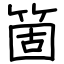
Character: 箇